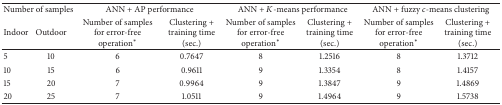
<table><thead><tr><td colspan="2"><b>Number of samples</b></td><td colspan="2"><b>ANN + AP performance</b></td><td colspan="2"><b>ANN + <i>K</i>-means performance</b></td><td colspan="2"><b>ANN + fuzzy <i>c</i>-means clustering</b></td></tr><tr><td><b>Indoor</b></td><td><b>Outdoor</b></td><td><b>Number of samples for error-free operation∗</b></td><td><b>Clustering + training time (sec.)</b></td><td><b>Number of samples for error-free operation∗</b></td><td><b>Clustering + training time (sec.)</b></td><td><b>Number of samples for error-free operation∗</b></td><td><b>Clustering + training time (sec.)</b></td></tr></thead><tbody><tr><td>5</td><td>10</td><td>6</td><td>0.7647</td><td>8</td><td>1.2516</td><td>8</td><td>1.3712</td></tr><tr><td>10</td><td>15</td><td>6</td><td>0.9611</td><td>9</td><td>1.3354</td><td>8</td><td>1.4157</td></tr><tr><td>15</td><td>20</td><td>7</td><td>0.9964</td><td>9</td><td>1.3847</td><td>9</td><td>1.4869</td></tr><tr><td>20</td><td>25</td><td>7</td><td>1.0511</td><td>9</td><td>1.4964</td><td>9</td><td>1.5738</td></tr></tbody></table>